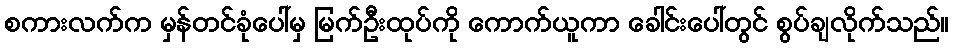
စကားလက်က မှန်တင်ခုံပေါ်မှ မြက်ဦးထုပ်ကို ကောက်ယူကာ ခေါင်းပေါ်တွင် စွပ်ချလိုက်သည်။